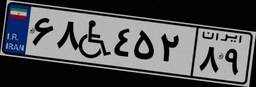
۶۸W۴۵۲۸۹